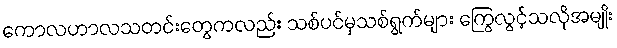
ကောလဟာလသတင်းတွေကလည်း သစ်ပင်မှသစ်ရွက်များ ကြွေလွင့်သလိုအမျိုး